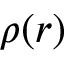
\rho ( r )